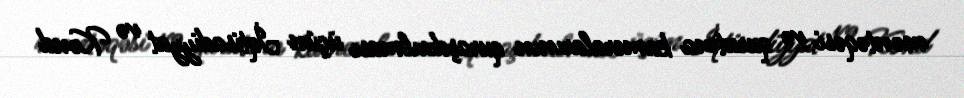
məntəqəsi və qurutma kameralarının quraşdırılması üçün İqtisadiyyat və Kənd